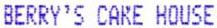
BERRY'S CAKE HOUSE